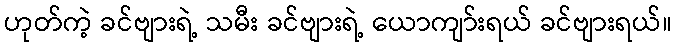
ဟုတ်ကဲ့ ခင်ဗျားရဲ့ သမီး ခင်ဗျားရဲ့ ယောကျာ်းရယ် ခင်ဗျားရယ်။